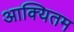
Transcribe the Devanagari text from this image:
आक्यितम